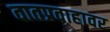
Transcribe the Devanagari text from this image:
वातप्रवाहावर